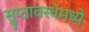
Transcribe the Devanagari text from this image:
सुप्तावस्थेमध्ये